Report of the Indian Hemp Drugs Commission, 1894-1895 - Volume IV
Year: 1894
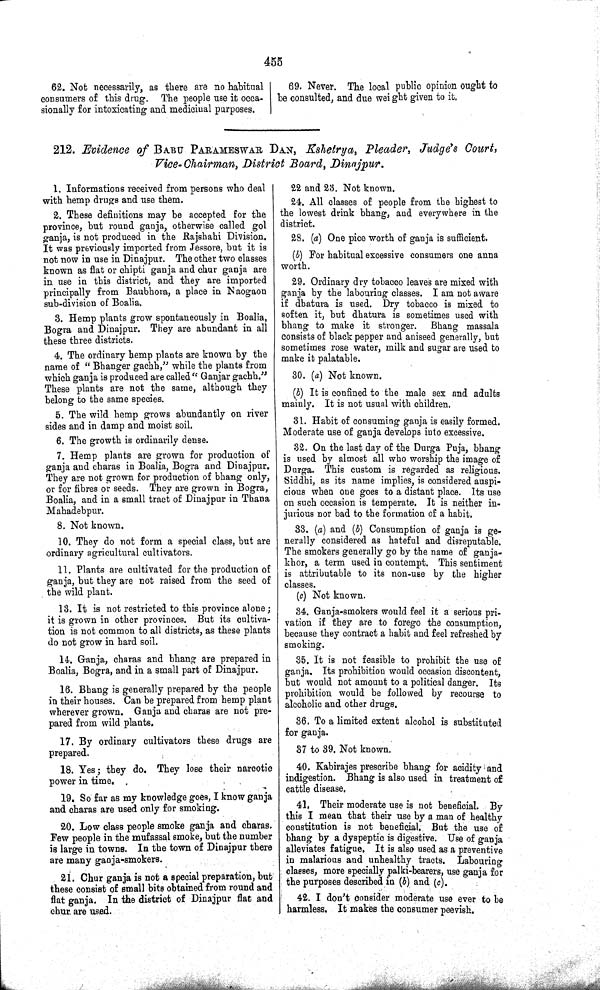
455
62. Not necessarily, as there are no habitual
consumers of this drug. The people use it occa-
sionally for intoxicating and medicinal purposes.
69. Never. The local public opinion ought to
be consulted, and due weight given to it.
212. Evidence of BABU PARAMESHWAR DAN, Kshetrya, Pleader, Judge's Court,
Vice- Chairman, District Board, Dinajpur.
1. Informations received from persons who deal
with hemp drugs and use them.
2. These definitions may be accepted for the
province, but round ganja, otherwise called gol
ganja, is not produced in the Rajshahi Division.
It was previously imported from Jessore, but it is
not now in use in Dinajpur. The other two classes
known as flat or chipti ganja and chur ganja are
in use in this district, and they are imported
principally from Baubhora, a place in Naogaon
sub-division of Boalia.
3. Hemp plants grow spontaneously in Boalia,
Bogra and Dinajpur. They are abundant in all
these three districts.
4. The ordinary hemp plants are known by the
name of "Bhanger gachh," while the plants from
which ganja is produced are called "Ganjar gachh."
These plants are not the same, although they
belong to the same species.
5. The wild hemp grows abundantly on river
sides and in damp and moist soil.
6. The growth is ordinarily dense.
7. Hemp plants are grown for production of
ganja and charas in Boalia, Bogra and Dinajpur.
They are not grown for production of bhang only,
or for fibres or seeds. They are grown in Bogra,
Boalia, and in a small tract of Dinajpur in Thana
Mahadebpur.
8. Not known.
10. They do not form a special class, but are
ordinary agricultural cultivators.
11. Plants are cultivated for the production of
ganja, but they are not raised from the seed of
the wild plant.
13. It is not restricted to this province alone;
it is grown in other provinces. But its cultiva-
tion is not common to all districts, as these plants
do not grow in hard soil.
14. Ganja, charas and bhang are prepared in
Boalia, Bogra, and in a small part of Dinajpur.
16. Bhang is generally prepared by the people
in their houses. Can be prepared from hemp plant
wherever grown. Ganja and charas are not pre-
pared from wild plants.
17. By ordinary cultivators these drugs are
prepared.
18. Yes; they do. They lose their narcotic
power in time.
19. So far as my knowledge goes, I know ganja
and charas are used only for smoking.
20. Low class people smoke ganja and charas.
Few people in the mufassal smoke, but the number
is large in towns. In the town of Dinajpur there
are many ganja-smokers.
21. Chur ganja is not a special preparation, but
these consist of small bits obtained from round and
flat ganja. In the district of Dinajpur flat and
chur are used.
22 and 23. Not known.
24. All classes of people from the highest to
the lowest drink bhang, and everywhere in the
district.
28. (a) One pice worth of ganja is sufficient.
(b) For habitual excessive consumers one anna
worth.
29. Ordinary dry tobacco leaves are mixed with
ganja by the labouring classes. I am not aware
if dhatura is used. Dry tobacco is mixed to
soften it, but dhatura is sometimes used with
bhang to make it stronger.
Bhang massala
consists of black pepper and aniseed generally, but
sometimes rose water, milk and sugar are used to
make it palatable.
30. (a) Not known.
(b) It is confined to the male sex and adults
mainly. It is not usual with children.
31. Habit of consuming ganja is easily formed.
Moderate use of ganja develops into excessive.
32. On the last day of the Durga Puja, bhang
is used by almost all who worship the image of
Durga. This custom is regarded as religious.
Siddhi, as its name implies, is considered auspi-
cious when one goes to a distant place. Its use
on such occasion is temperate. It is neither in-
jurious nor bad to the formation of a habit.
33. (a) and (b) Consumption of ganja is ge-
nerally considered as hateful and disreputable.
The smokers generally go by the name of ganja-
khor, a term used in contempt. This sentiment
is attributable to its non-use by the higher
classes.
(c) Not known.
34. Ganja-smokers would feel it a serious pri-
vation if they are to forego the consumption,
because they contract a habit and feel refreshed by
smoking.
35. It is not feasible to prohibit the use of
ganja. Its prohibition would occasion discontent,
but would not amount to a political danger. Its
prohibition would be followed by recourse to
alcoholic and other drugs.
36. To a limited extent alcohol is substituted
for ganja.
37 to 39. Not known.
40. Kabirajes prescribe bhang for acidity and
indigestion. Bhang is also used in treatment of
cattle disease.
41. Their moderate use is not beneficial. By
this I mean that their use by a man of healthy
constitution is not beneficial. But the use of
bhang by a dyspeptic is digestive. Use of ganja
alleviates fatigue. It is also used as a preventive
in malarious and unhealthy tracts. Labouring
classes, more specially palki-bearers, use ganja for
the purposes described in (b) and (c).
42. I don't consider moderate use ever to be
harmless. It makes the consumer peevish.